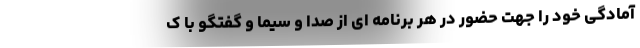
آمادگی خود را جهت حضور در هر برنامه ای از صدا و سیما و گفتگو با ک